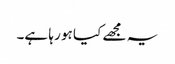
یہ مجھے کیا ہو رہا ہے۔